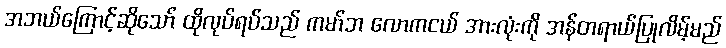
အဘယ်ကြောင့်ဆိုသော် ထိုလုပ်ရပ်သည် ကမာ်ဘ လောကငယ် အားလုံးကို အန်တရာယ်ပြုလိမ့်မည်